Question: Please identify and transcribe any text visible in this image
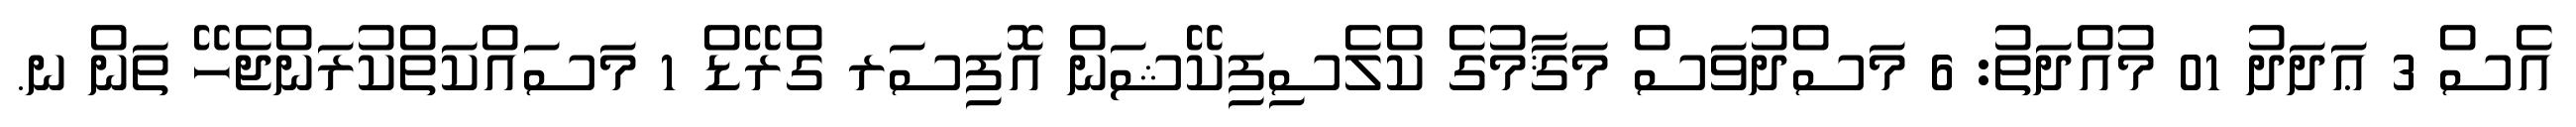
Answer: އެސް 3 ޢަދަދު 01 މުއްދަތު: 6 މަސްދުވަސް މަޤާމުގެ ކްލެސިފިކޭޝަން އޮފިސަރ ގްރޭޑް 1 މަސައްކަތްކުރަންޖެހޭ ތަން ނ.